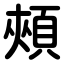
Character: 頰